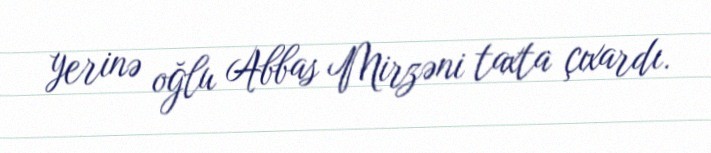
yerinə oğlu Abbas Mirzəni taxta çıxardı.